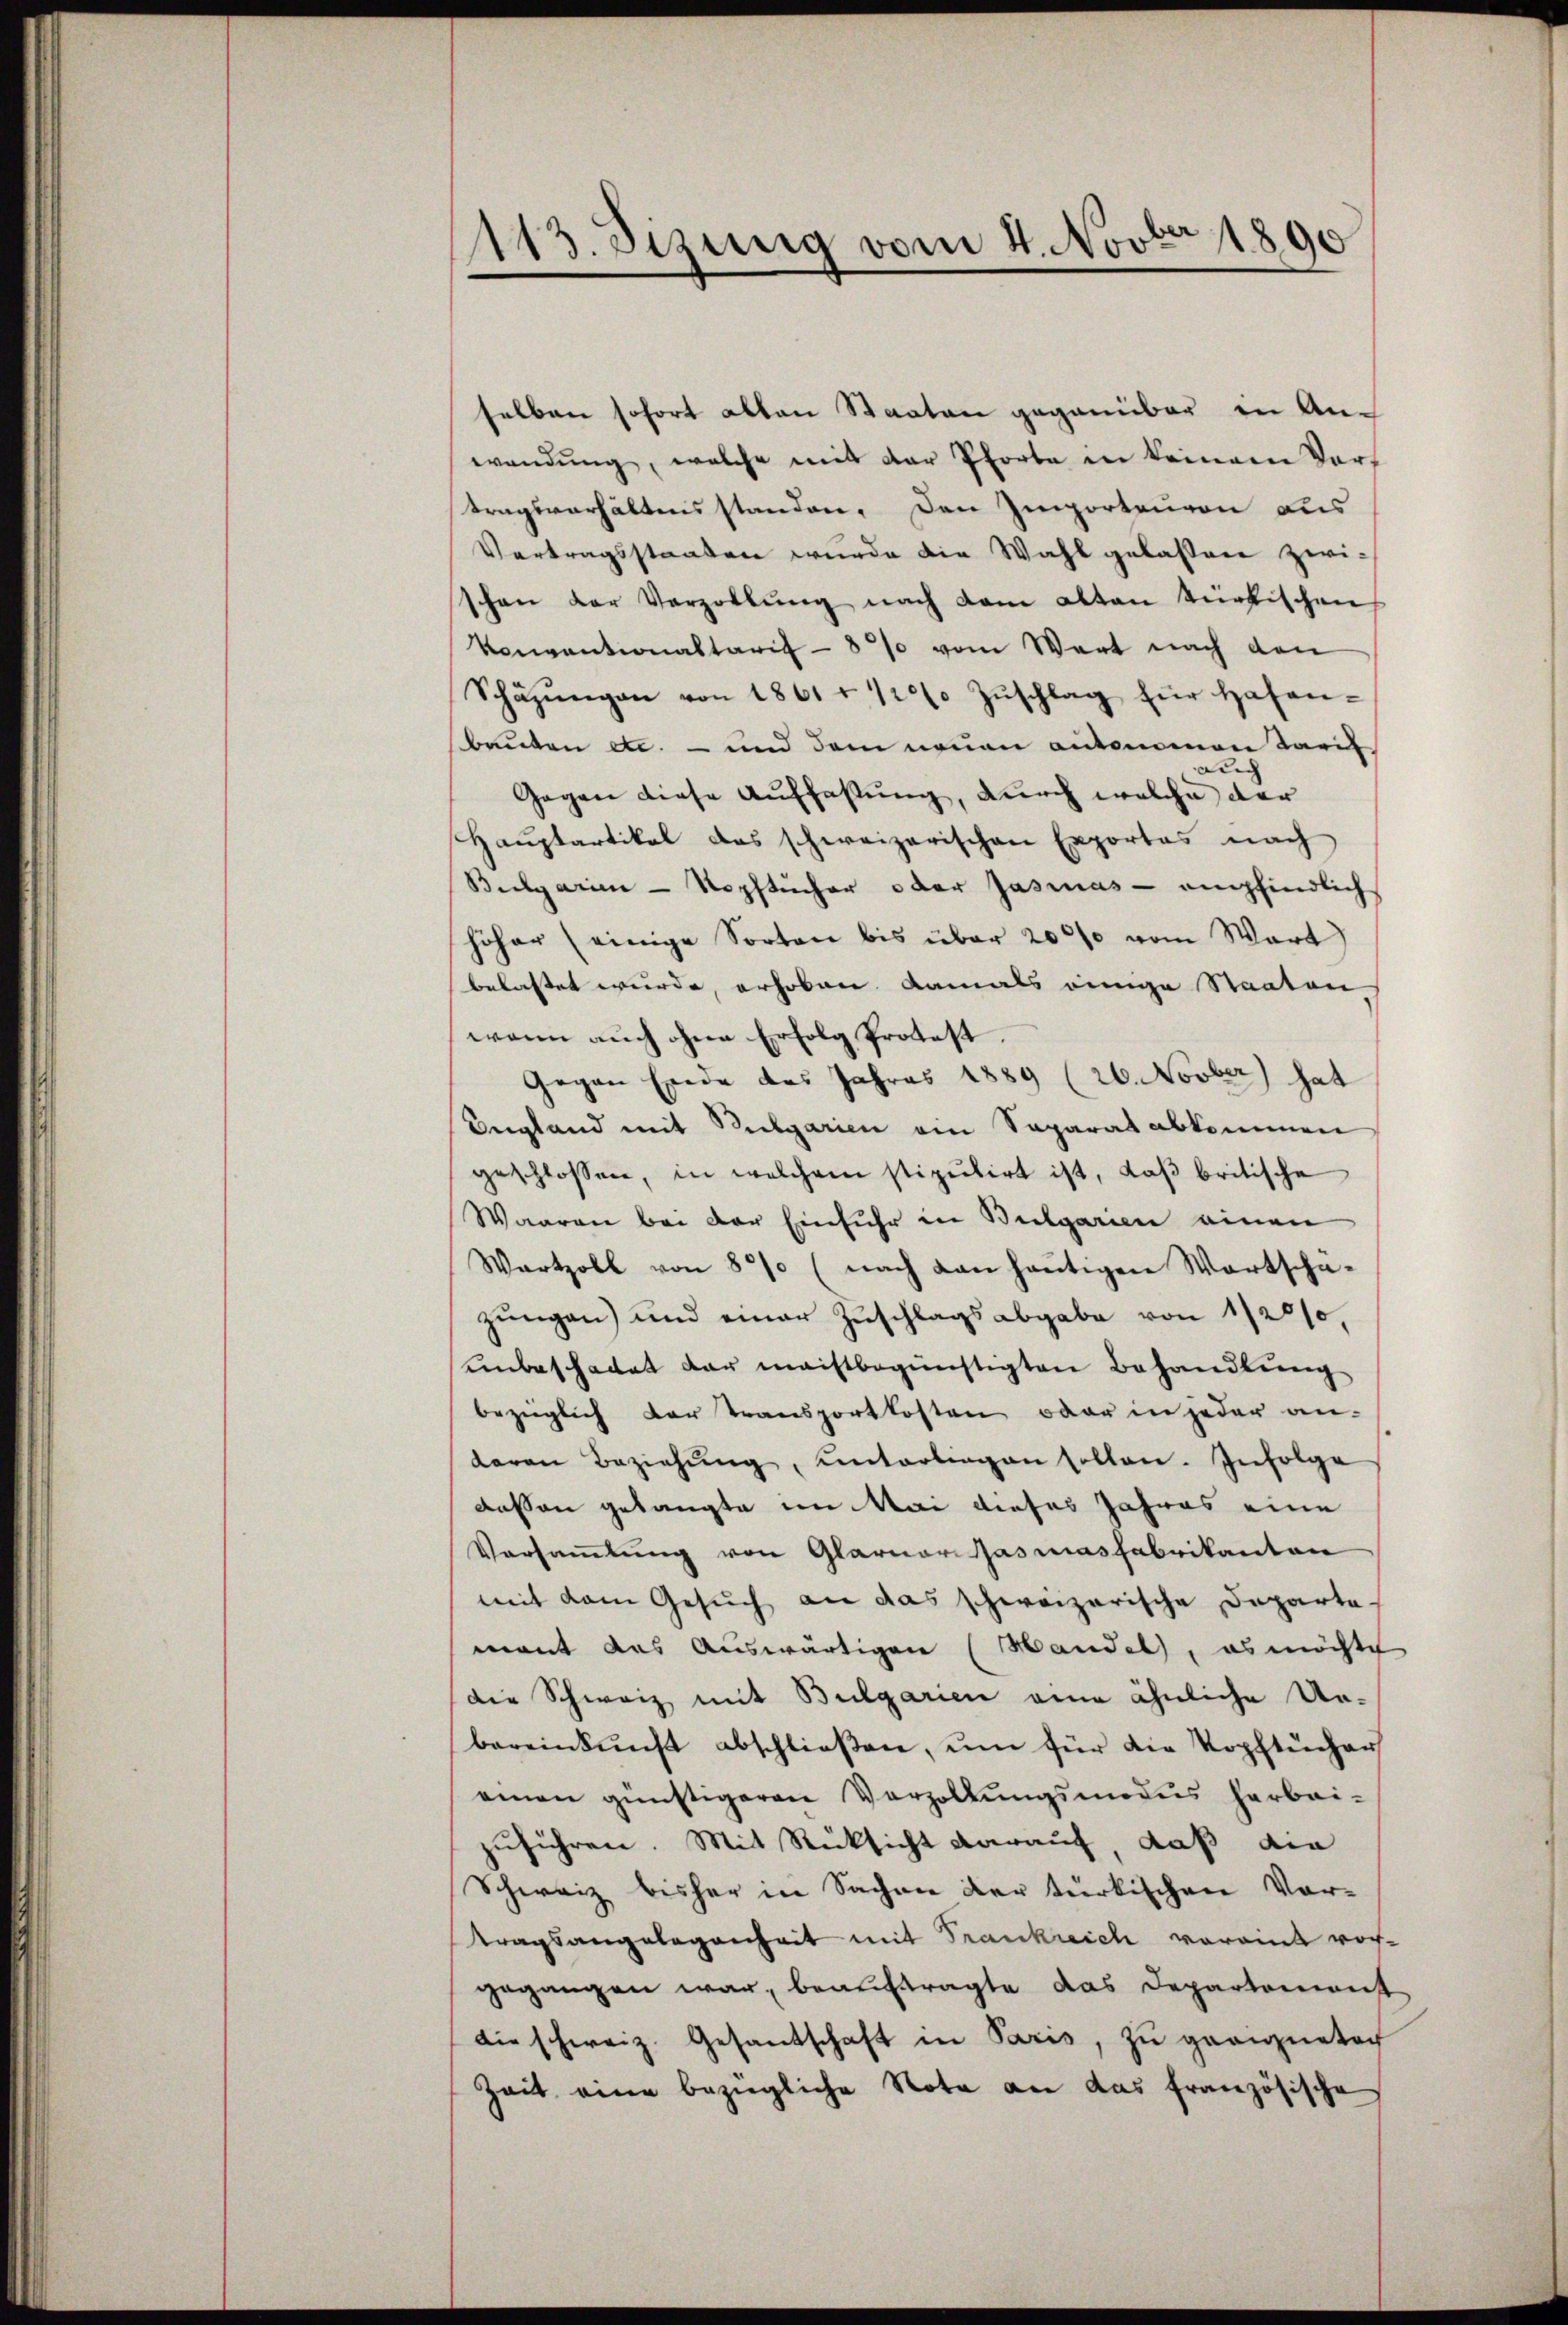
113. Sizung vom 4. Novber 1890
e

selben sofort allen Staaten gegenüber in Anwendung, welche mit der Pforte in keinem Vors
tragsverhältnis standen. Den Importenvon des
Vertragsstanden wurde die Wahl gelassen zwischon der Verzahlŭng nach dem alten türkischen
Konventionaltarif - 8 % vom Wort nach den
Schäzŭngen von 1861 f 12 Zŭschlag für Hafen-
Bauten etc. - und dem neuen autonomon Tarif
Gegen diese Auffassung, durch welche der
Hauptartikel das schweizerischen Exportes nach
Bulgarien Kopftucher oder Jasinas empfindlich
höher (einige Sorten bis über 2000 vom Wart)
belastet wurde, erhoben damals einige Staaten,
wenn auch ohne Erfolg Protest.
Gegen Ende des Jahres 1889 (20. Novber) hat
Angland mit Bulgarien ein Separat abkommen
geschlossen, in welchem stipulirt ist, daβ britische
Waaren bei der Einfuhr in Bulgarien einen
Wartzoll von 85 (nach dan heutigen Wortschazŭngen) und einer Zuschlagsabgabe von 1/20%,
unbeschadet dar meistbegünstigten Behandlung
bezüglich der Transportkosten oder in jeder an-
daran Beziehŭng ŭnterliegen sollen. Infolge
dessen gelangte im Mai dieses Jahres eine
Vorsammlung von Glarner Gasmasfabrikanton
mit dem Gesŭch an das schweizerische Departe
mant das Auswärtigen (Mandel, es möchte
die Schweiz mit Bulgarien eine ähnliche Ur-
bereinkunft abschließen, um für die Kopftucher
einen günstigeren Verzollŭngsmodus herbei-
zuführen. Mit Rücksicht darauf, daß die
Schweiz bisher in Sachen der türkischen Vortragsangelegenheit mit Frankreich voraint worgegangen war, beauftragte das Departement
die schweiz. Gesandschaft in Paris, zu geeigneten
Zeit eine bezügliche Nota an das französische